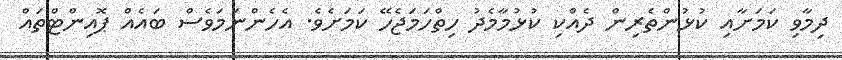
ދިމާވި ކަަމަށާއި ކުޅުންތެރިން ދެއްކި ކުޅުމާމެދު ހިތްހަމަޖެހޭ ކަމަށެވެ. އެހެންނަމަވެސް ބައެއް ޕޮއިންޓްތައް